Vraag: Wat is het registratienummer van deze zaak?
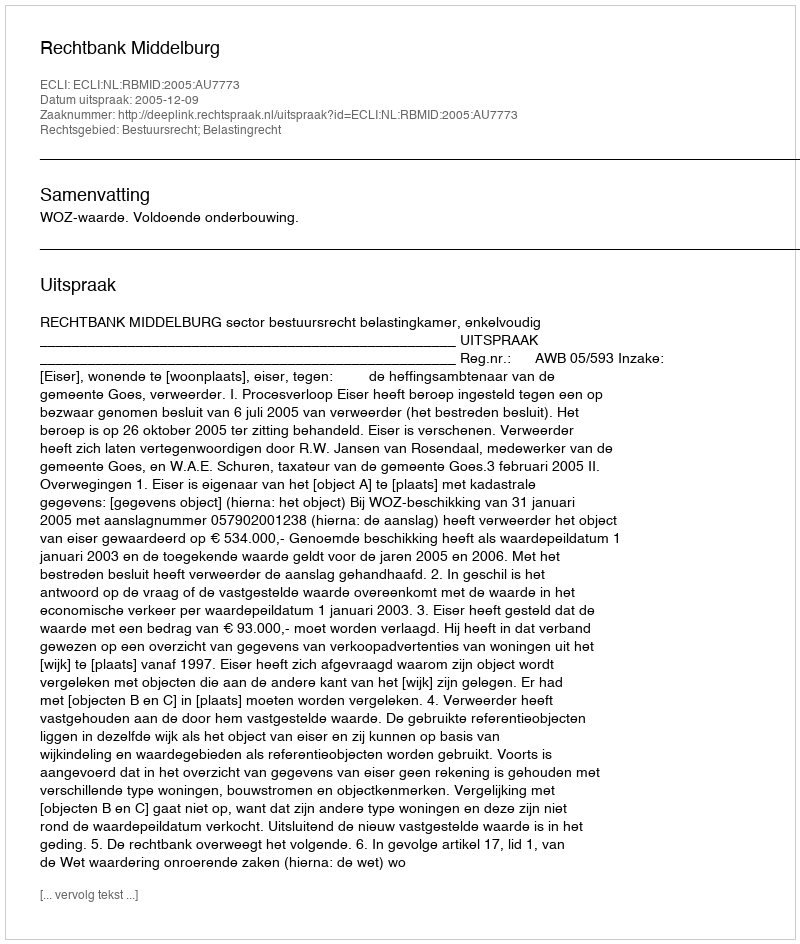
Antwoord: http://deeplink.rechtspraak.nl/uitspraak?id=ECLI:NL:RBMID:2005:AU7773